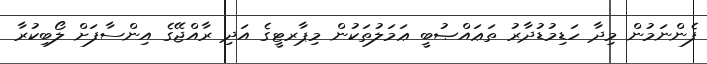
ފެންނަމުން މިދާ ހަޑިމުޑުދާރު ތަޢައްޞުބީ ޢަމަލުތަކުން މިޕާރޓީގެ އަދި ރާއްޖޭގެ އިންސާފަށް ލޯބިކުރާ